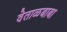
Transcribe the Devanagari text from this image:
वेताळबाबा